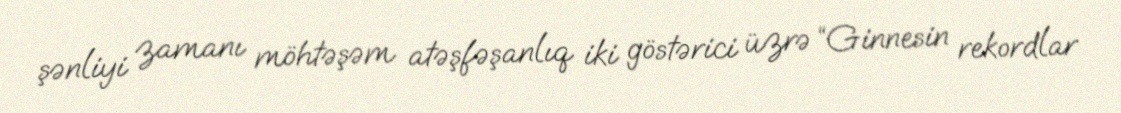
şənliyi zamanı möhtəşəm atəşfəşanlıq iki göstərici üzrə “Ginnesin rekordlar